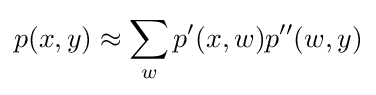
p(x,y)\approx \sum _{w}p^{\prime }(x,w)p^{\prime \prime }(w,y)